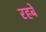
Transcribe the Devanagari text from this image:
रहबें